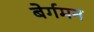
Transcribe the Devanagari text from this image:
बेर्गमन